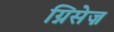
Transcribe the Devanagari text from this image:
ग्निसेज़